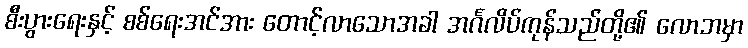
စီးပွားရေးနှင့် စစ်ရေးအင်အား တောင့်လာသောအခါ အင်္ဂလိပ်ကုန်သည်တို့၏ လောဘမှာ